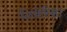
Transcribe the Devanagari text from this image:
लिबेरिका